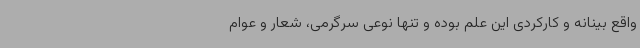
واقع بینانه و کارکردی این علم بوده و تنها نوعی سرگرمی، شعار و عوام